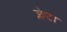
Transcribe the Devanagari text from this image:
क्लेटा